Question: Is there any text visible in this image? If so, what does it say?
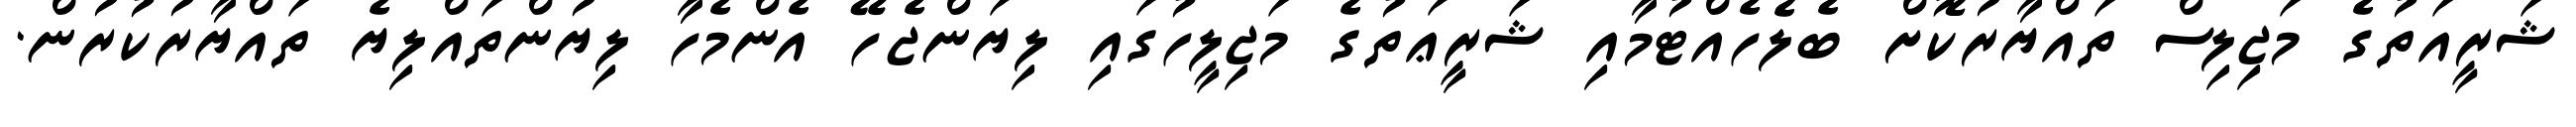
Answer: ޝަރީއަތުގެ މަޖިލިސް ތައްޔާރުކޮށް ބެލެހެއްޓުމާއި ޝަރީޢަތުގެ މަޖިލީހުގައި ލިޔަންޖެހޭ އެންމެހާ ލިޔުންތައްލިޔެ ތައްޔާރުކުރުން.